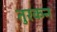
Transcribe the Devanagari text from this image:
तुरकन